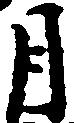
月